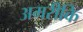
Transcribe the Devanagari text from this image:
अमरीकि